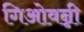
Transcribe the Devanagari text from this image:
गिओवन्नी